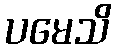
ပမေသိ